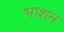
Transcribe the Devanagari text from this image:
भाशन